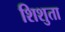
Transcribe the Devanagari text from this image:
शिशुता